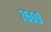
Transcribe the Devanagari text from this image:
७६०९